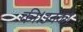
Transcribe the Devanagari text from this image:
की।उनका